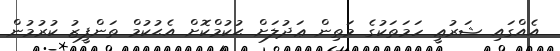
އެއްގައި ޝަރުޢީ ހަމަތަކުގެ މަތިން ޢަދުލަށް ޙުކުމްކޮށް އެޙުކުމް ތަންފީޒު ކުރުމުން